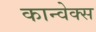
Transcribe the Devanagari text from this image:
कान्वेक्स